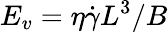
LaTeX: E_{v}=\eta\dot{\gamma}L^{3}/B